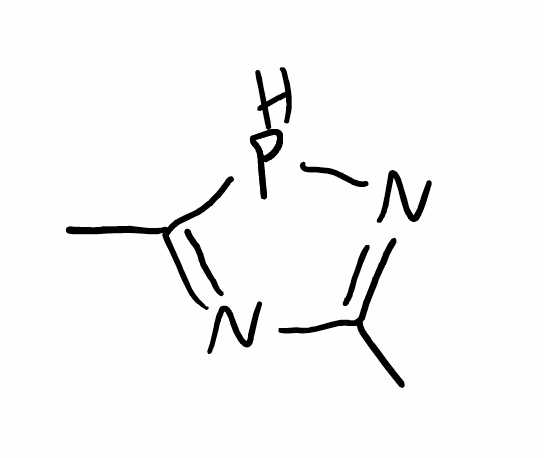
Simplified molecular-input line-entry system (SMILES) notation of the given molecule:
CC1=NPC(=N1)C